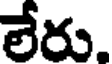
లేరు.